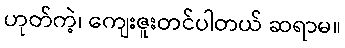
ဟုတ်ကဲ့၊ ကျေးဇူးတင်ပါတယ် ဆရာမ။